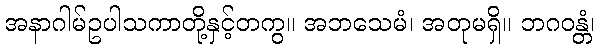
အနာဂါမ်ဥပါသကာတို့နှင့်တကွ။ အဘသေမံ၊ အတုမရှိ။ ဘဂဝန္တံ၊